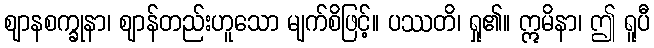
ဈာနစက္ခုနာ၊ ဈာန်တည်းဟူသော မျက်စိဖြင့်။ ပဿတိ၊ ရှု၏။ ဣမိနာ၊ ဤ ရူပီ